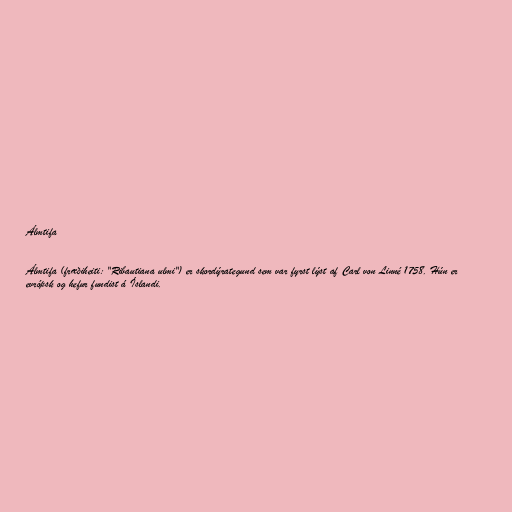
Álmtifa

Álmtifa (fræðiheiti: "Ribautiana ulmi") er skordýrategund sem var fyrst lýst af Carl von Linné 1758. Hún er
evrópsk og hefur fundist á Íslandi.